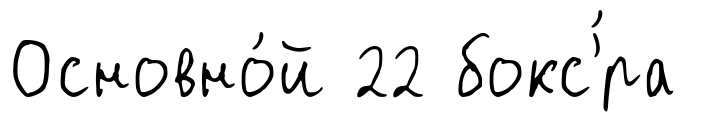
Основно́й 22 бокс'́ра